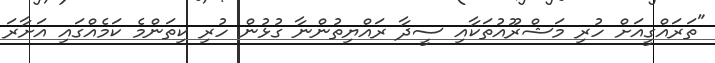
"ތަރައްގީއަށް ހުރި މަޝްރޫއުތަކާއި ސީދާ ރައްޔިތުންނާ ގުޅުން ހުރި ކިތަންމެ ކަމެއްގައި އަށާރަ